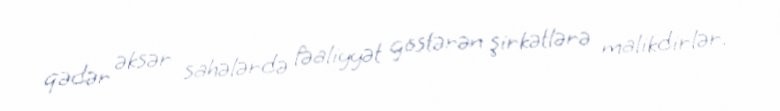
qədər əksər sahələrdə fəaliyyət göstərən şirkətlərə malikdirlər.